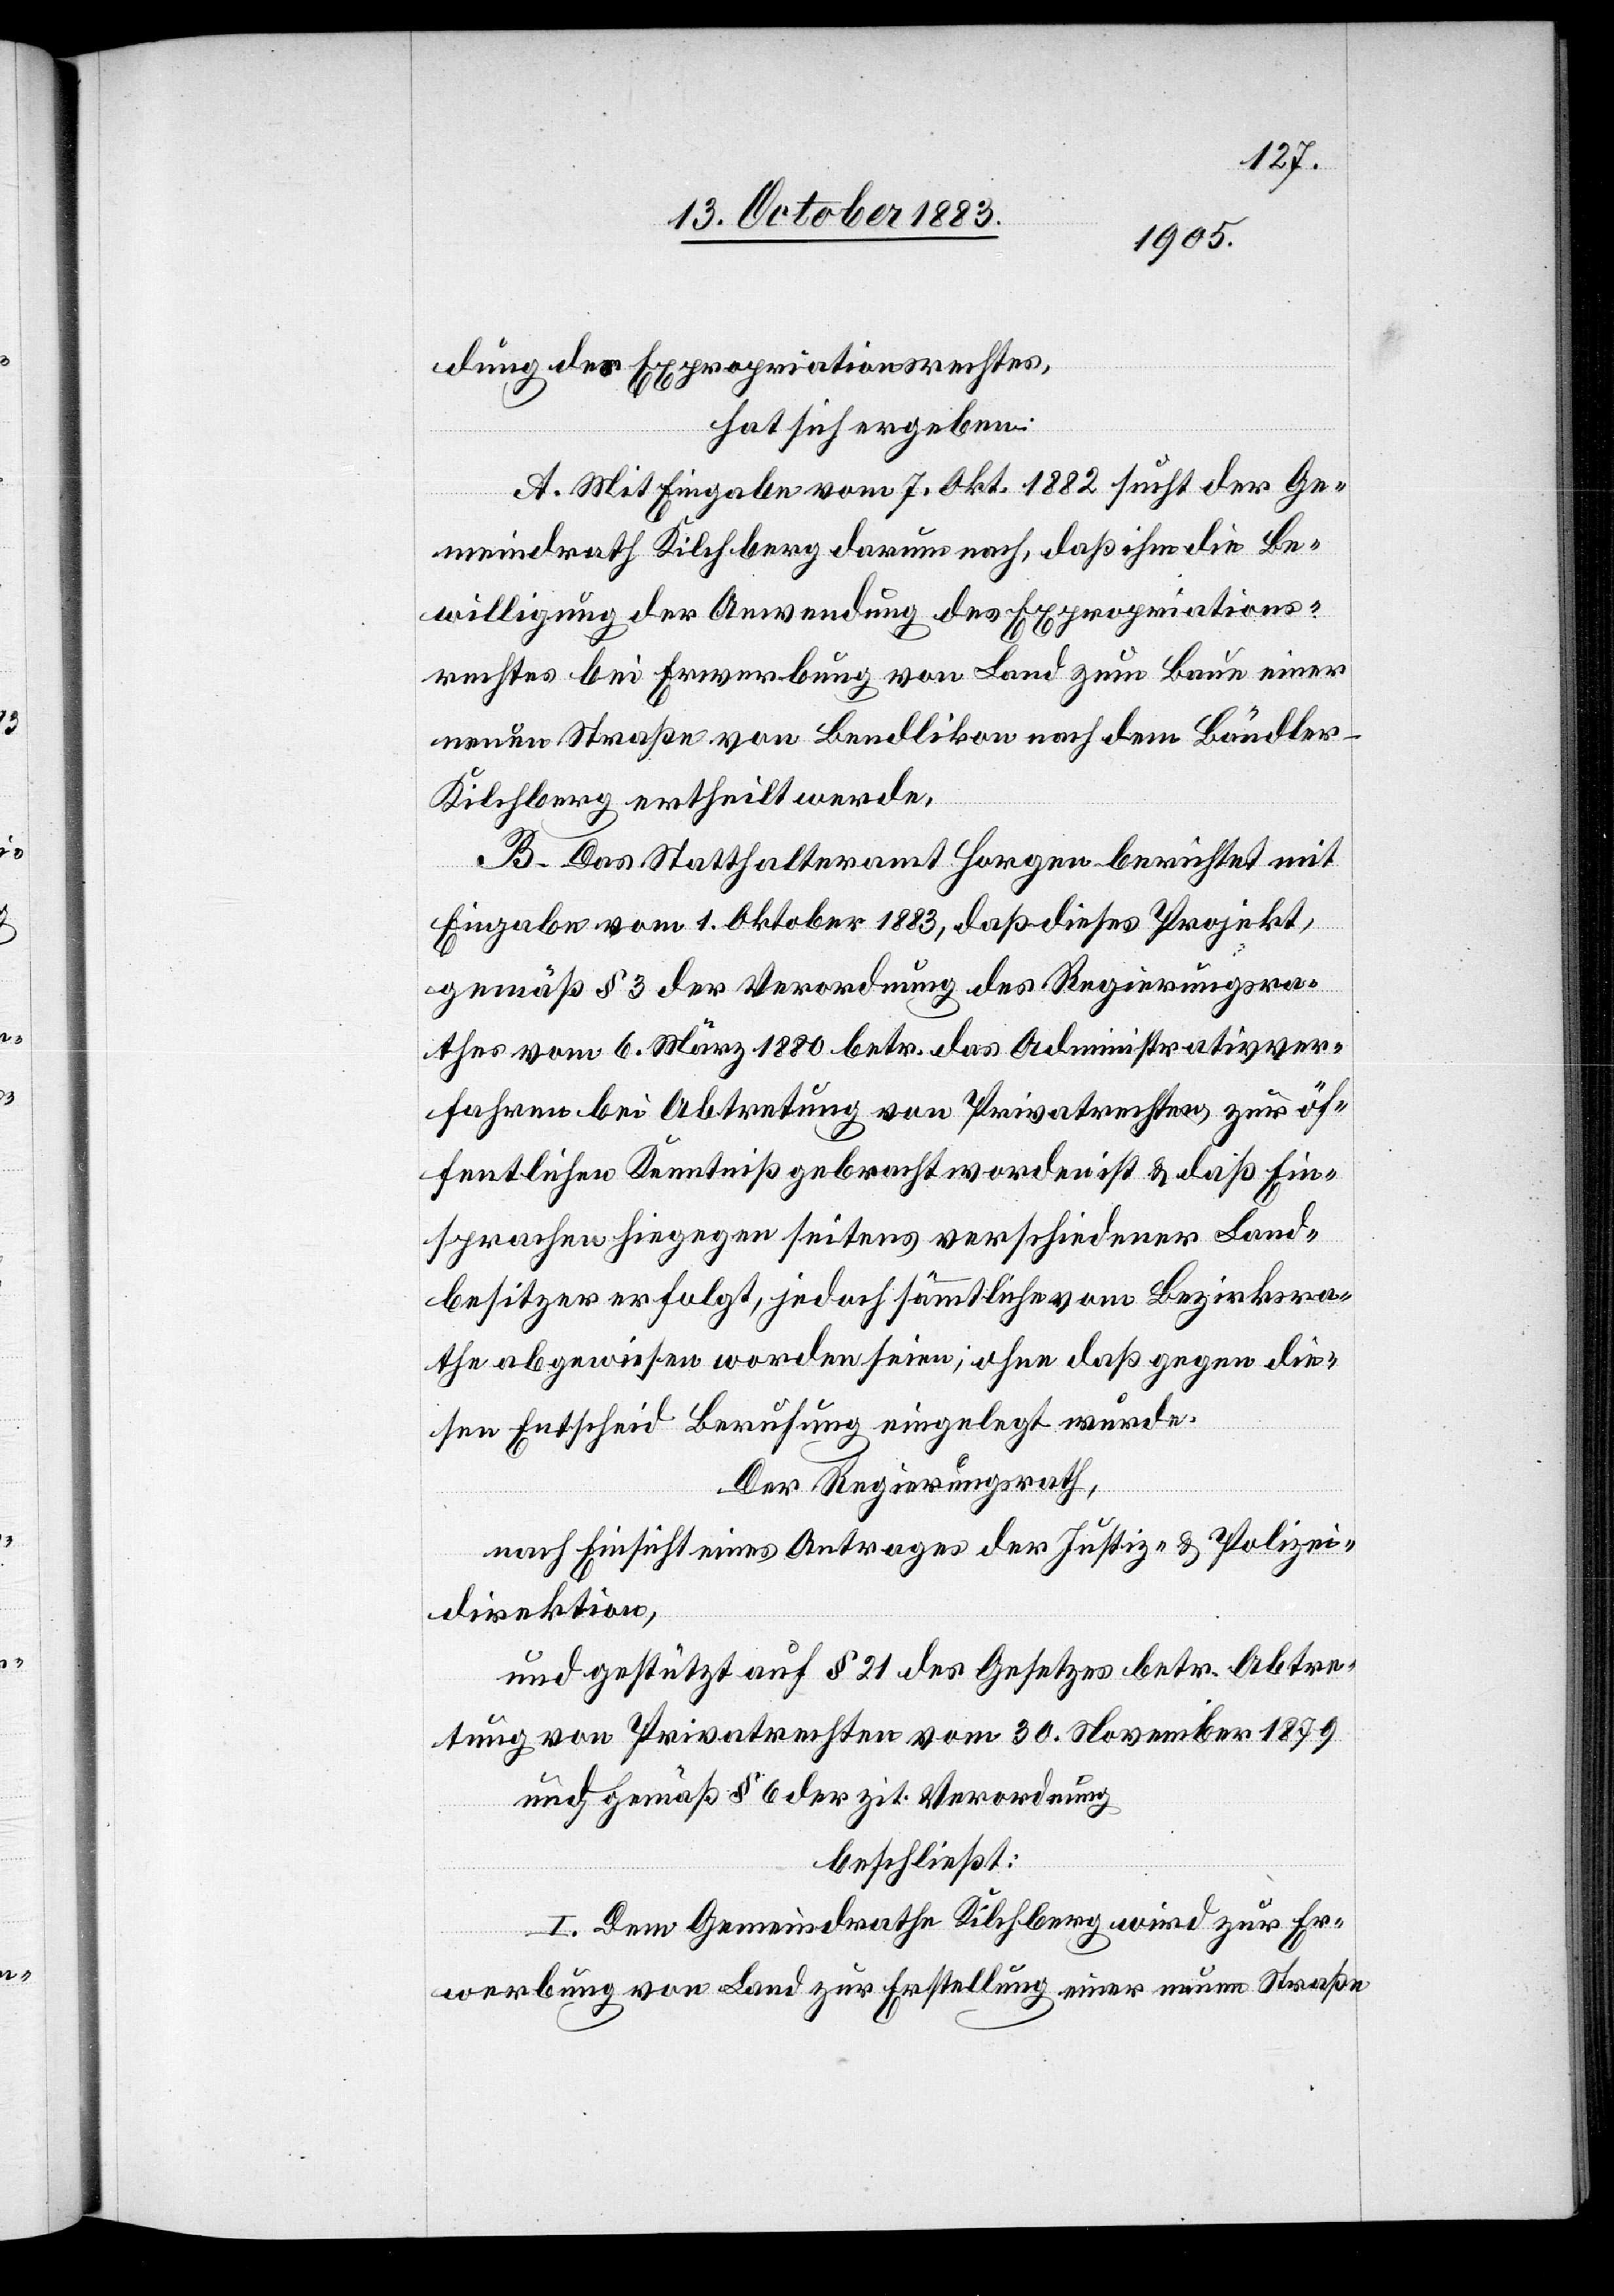
dung des Expropriationsrechtes,
hat sich ergeben:
A. Mit Eingabe vom 7. Okt. 1882 sucht der Ge¬
meindrath Kilchberg darum nach, daß ihm die Be¬
willigung der Anwendung des Expropriations¬
rechtes bei Erwerbung von Land zum Baue einer
neuen Straße von Bendlikon nach dem Bändler
Kilchberg ertheilt werde.
B. Das Statthalteramt Horgen berichtet mit
Eingabe vom 1. Oktober 1883, daß dieses Projekt,
gemäß § 3 der Verordnung des Regierungsra¬
thes vom 6. März 1880 betr. das Administrativver¬
fahren bei Abtretung vom Privatrechten, zur öf¬
fentlichen Kenntniß gebracht worden ist & daß Ein¬
sprachen hiegegen seitens verschiedener Land¬
besitzer erfolgt, jedoch sämmtliche vom Bezirksra¬
the abgewiesen worden seien, ohne daß gegen die¬
sen Entscheid Berufung eingelegt wurde.
Der Regierungsrath,
nach Einsicht eines Antrages der Justiz- & Polizei¬
direktion,
und gestützt auf § 21 des Gesetzes betr. Abtre¬
tung von Privatrechten vom 30. November 1879
und gemäß § 6 der zit. Verordnung
beschließt:
I. Dem Gemeindrathe Kilchberg wird zur Er¬
werbung von Land zur Erstellung einer neuen Straße